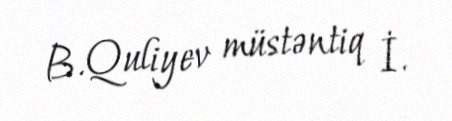
B.Quliyev müstəntiq İ.